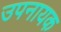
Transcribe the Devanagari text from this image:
उपनायक